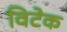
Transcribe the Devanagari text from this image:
विटेक